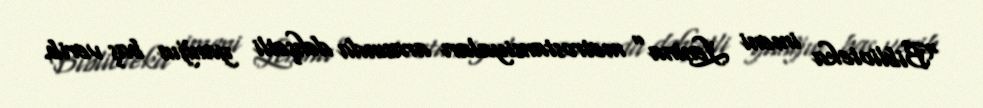
“Biblioteka imeni Lenina” metrostansiyaları arasında dəhşətli yanğın baş verib.